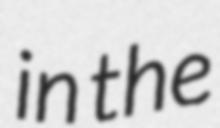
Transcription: in the